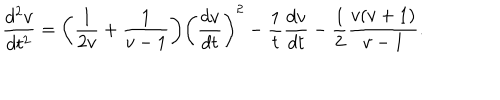
\frac { d ^ { 2 } v } { d t ^ { 2 } } = \biggl ( \frac { 1 } { 2 v } + \frac { 1 } { v - 1 } \biggr ) \biggl ( \frac { d v } { d t } \biggr ) ^ { 2 } - \frac { 1 } { t } \frac { d v } { d t } - \frac { 1 } { 2 } \frac { v ( v + 1 ) } { v - 1 } .